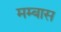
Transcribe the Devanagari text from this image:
मम्बास